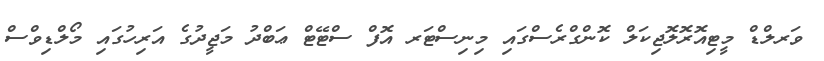
ވަރލްޑް މީޓިއޮރޮލޮޖިކަލް ކޮންގްރެސްގައި މިނިސްޓަރ އޮފް ސްޓޭޓް ޢަބްދު މަޖީދުގެ އަރިހުގައި މޯލްޑިވްސް